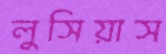
লুসিয়াস